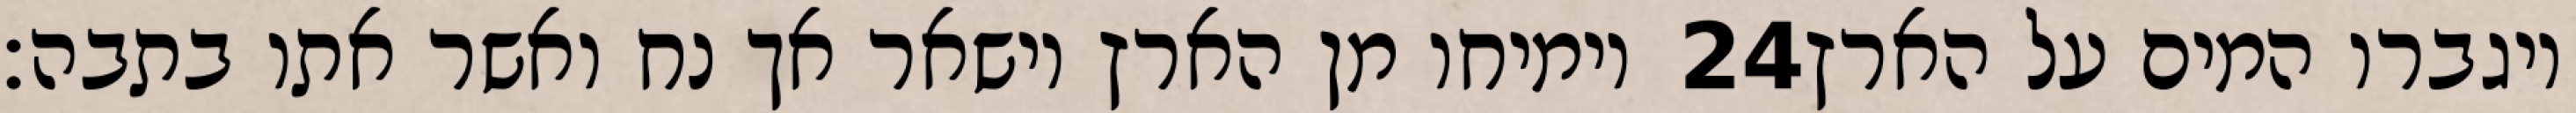
וימיחו מן הארץ וישאר אך נח ואשר אתו בתבה׃ ‎24‏ ויגברו המים על הארץ